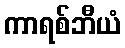
ကာရစ်ဘီယံ